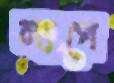
ল্যগে